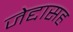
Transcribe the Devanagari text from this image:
जेद्दासह